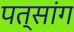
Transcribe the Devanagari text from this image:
पत्सांग